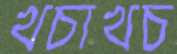
খচাখচ